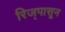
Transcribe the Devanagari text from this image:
रिज्‌पासून